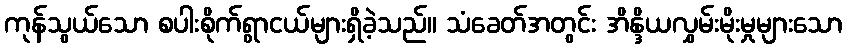
ကုန်သွယ်သော စပါးစိုက်ရွာငယ်များရှိခဲ့သည်။ သံခေတ်အတွင်း အိန္ဒိယလွှမ်းမိုးမှုများသော